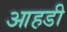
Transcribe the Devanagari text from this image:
आहडी